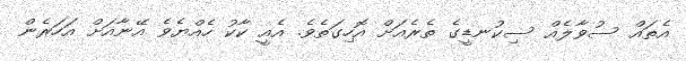
އެތައް ސުވާލެއް ސިކުނޑީގެ ތެރެއަށް އޮހިގަތެވެ. އެއީ ކާކު ހެއްޔެވެ އޭނާއަށް އަހަރެން